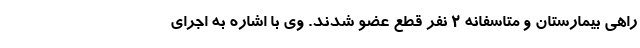
راهی بیمارستان و متاسفانه ۲ نفر قطع عضو شدند. وی با اشاره به اجرای